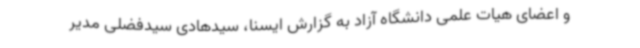
و اعضای هیات علمی دانشگاه آزاد به گزارش ایسنا، سیدهادی سیدفضلی مدیر